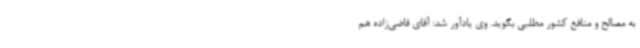
به مصالح و منافع کشور مطلبی بگوید. وی یادآور شد: آقای قاضی‌زاده هم